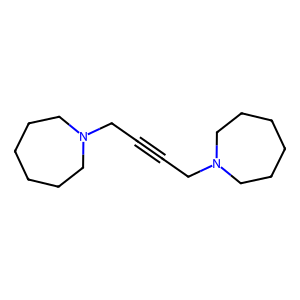
SMILES: C(#CCN1CCCCCC1)CN1CCCCCC1
Inhibits HIV replication: No